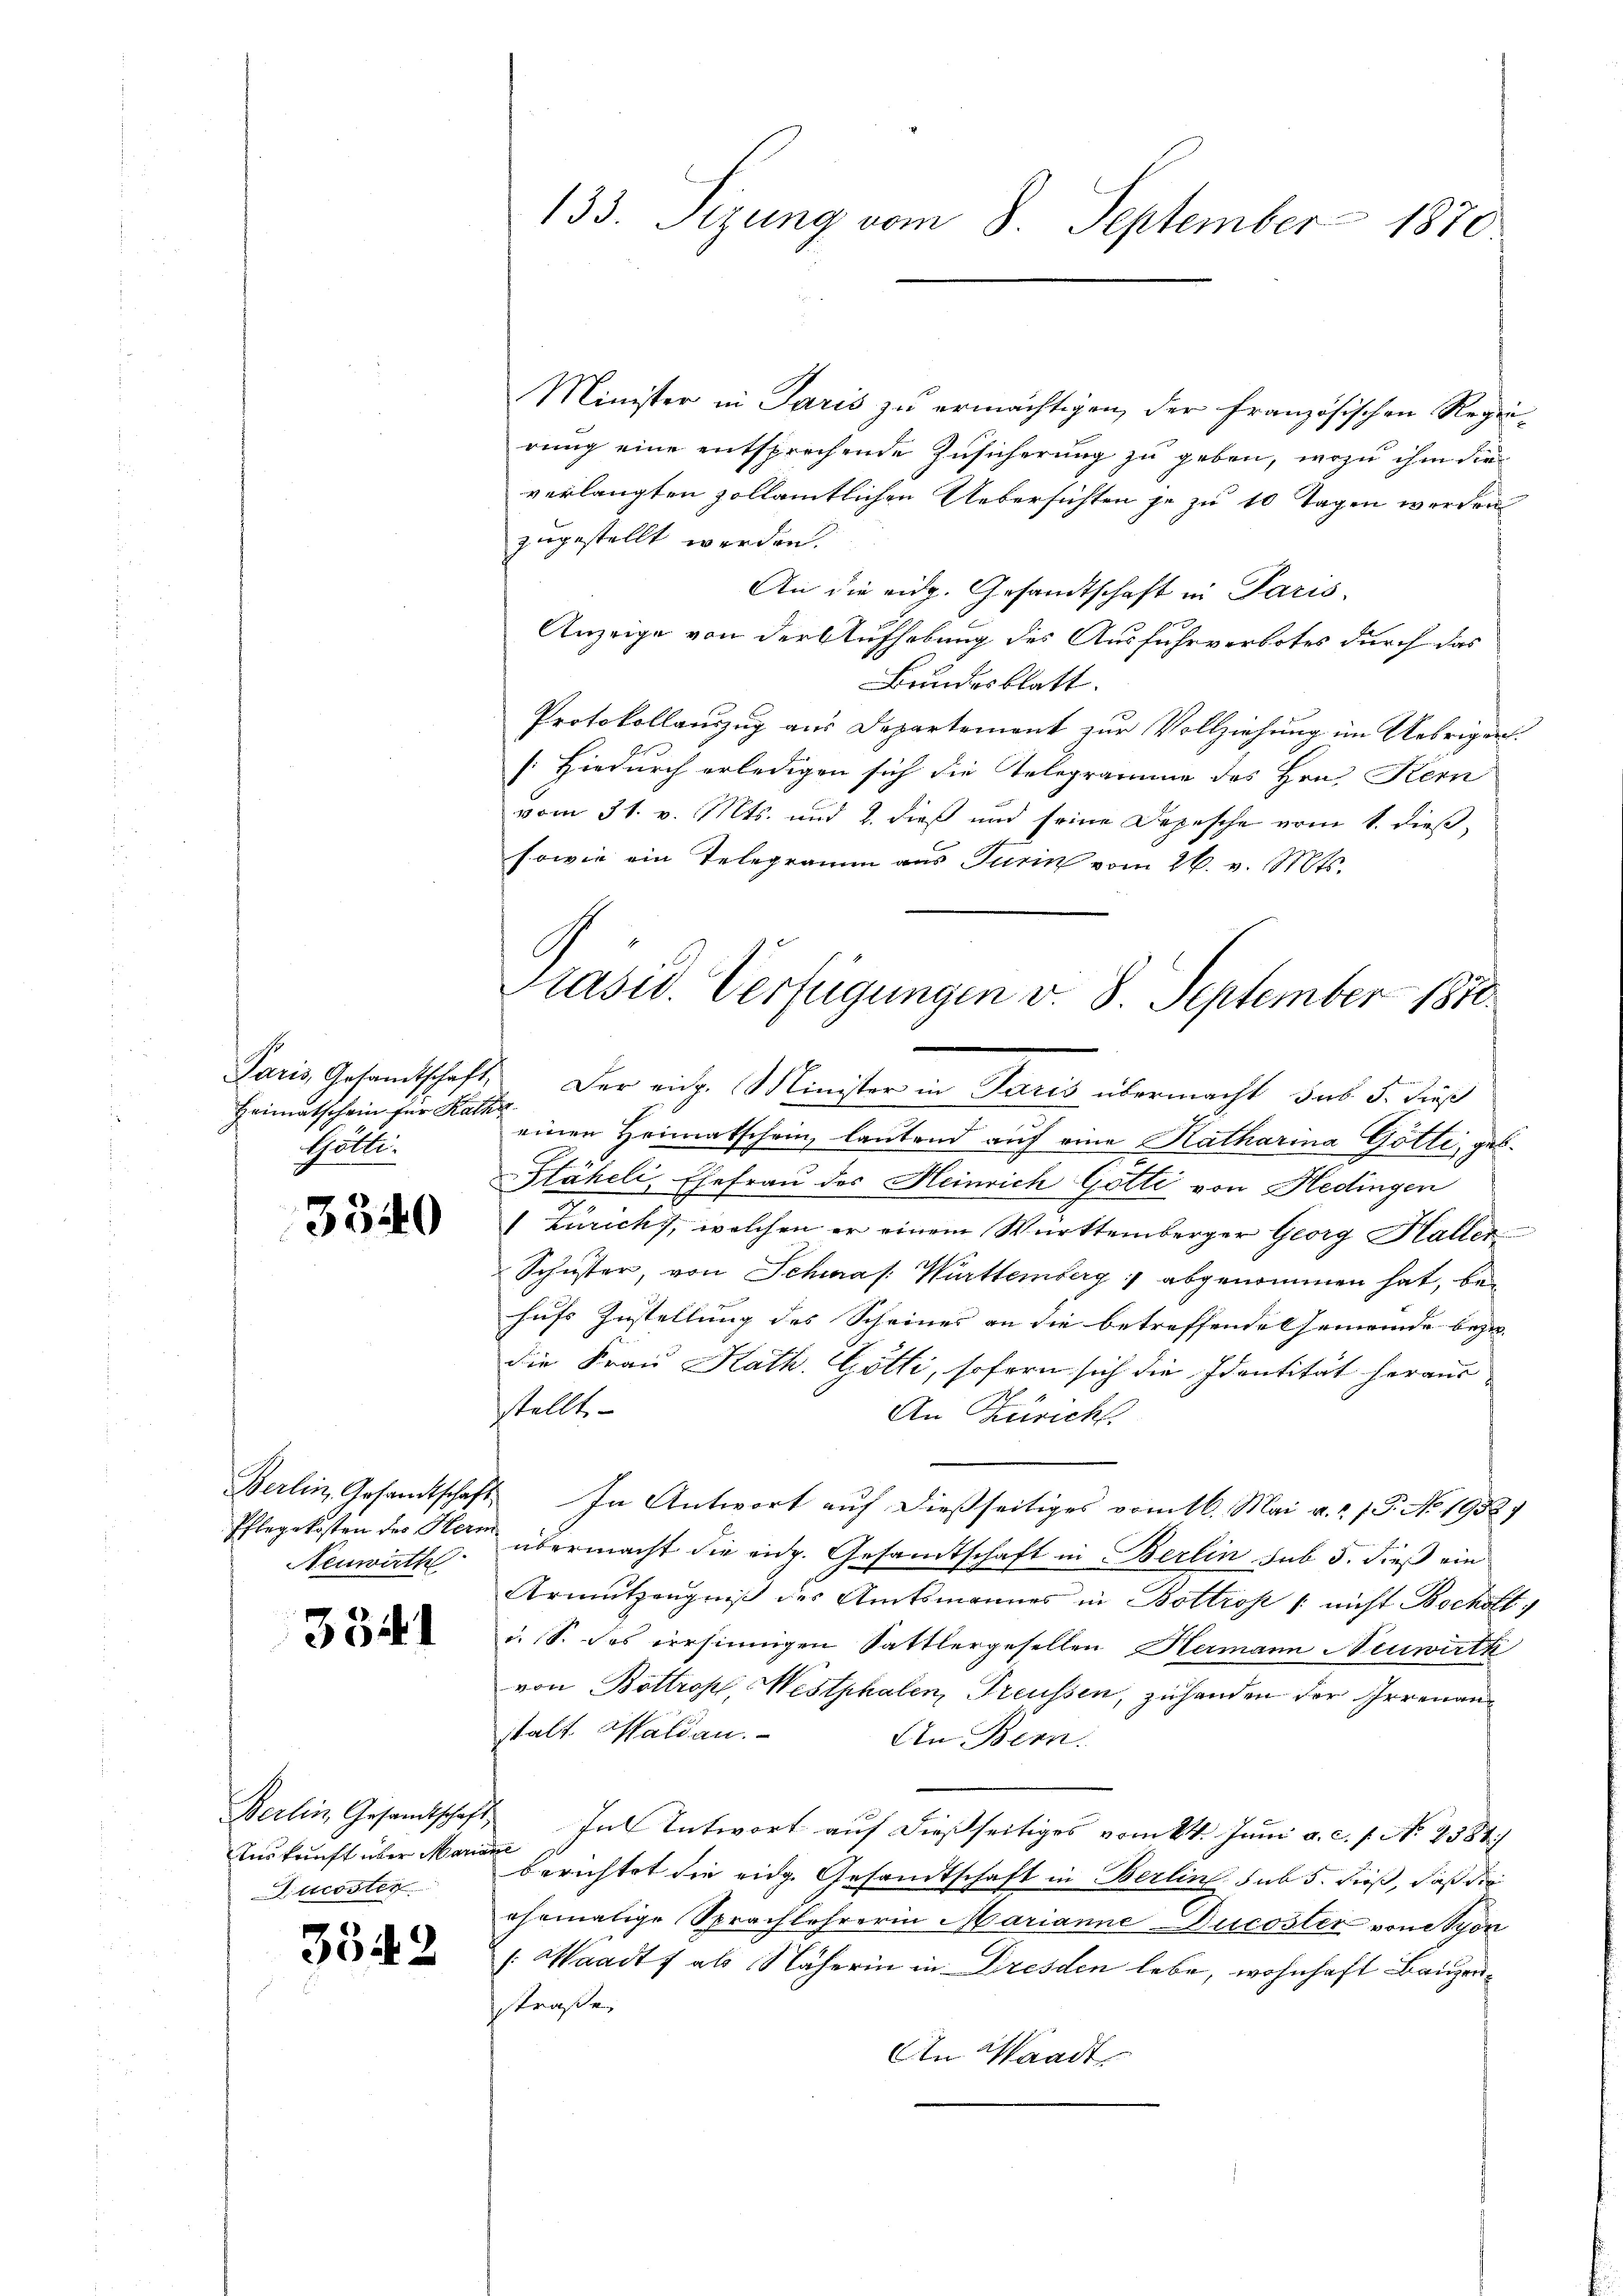
Heimatschein für Katha
Hätte.

3540

Neuwirth

3341

Berlin, Gesandtschaft
Auskunft über Mariane
Ducoster

3542

Minister in Paris zu ermächtigen, der französischen Regierung eine entsprechende Zusicherung zu geben, wozu ihm die
verlangten zollämtlichen Uebersichten je zu 10 Tagen werden
zugestellt werden.
An die eidg. Gesandtschaft in Paris,
Anzeige von der Aufhebung des Ausfuhrverbotes durch das
Bundesblatt.
Protokollauszug aus Departement zur Vollziehung im Uebrigen.
s
[Hiedurch erledigen sich die Telegramme des Hrn. Kern
vom 31. v. Mts. und 2. dieß und seine Depesche vom 1. dieß,
sowie ein Telegramm aus Turin vom 26. v. Mts.
einen Heimatschein, lautend auf eine Katharina Götti, geb.
Stäheli, Ehefrau des Heinrich Götti von Hedingen
Zürich, welchen er einem Württemberger Georg Haller
Schuster, von Schwas. Württemberg abgenommen hat, behufs Zustellung des Scheines an die betreffende Gemeinde bezie-
die Frau Kath. Götti, sofern sich die Identität heraus-
stellt
An Züricht.
Berlin, Gesandtschaft. In Antwort auf dießseitiges vom 16. Mai a. a. 13. No. 19327
Pflegekosten des Man übermacht die eid. Gesandtschaft in Berlin sub 5. dieß ein
Armutzeugniß des Amtsmannes in Bottrop / nicht Bocholt,
i. S. des versinnigen Sattlergesellen Hermann Neuwirth
von Böttropf, Westphalen, Treussen, zuhanden der Irrenan
stalt Waldau.
In Bern.
 In Antwort auf dießseitiges vom 24. Juni a. c. 1. No. 7584/
berichtet die eidg. Gesandtschaft in Berlin sub 5. dieß, daß die
ehemalige Sprachlehrerin Marianne Ducoster von Schön
: Waadt, als Näherin in Dresden lebe, wohnhaft Baugen
straße.
An Waadt

133. Sizung vom 8. September 1870

Präsid. Verfügungen v. 8. September 1870.
Paris Gesandtschaft. Der eidg. Minister in Juris übermacht, das 5. dieß